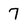
Character: 7